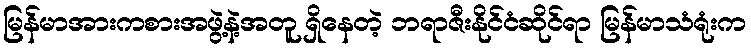
မြန်မာအားကစားအဖွဲ့နဲ့အတူ ရှိနေတဲ့ ဘရာဇီးနိုင်ငံဆိုင်ရာ မြန်မာသံရုံးက